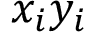
x _ { i } y _ { i }